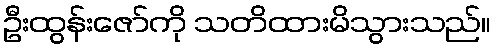
ဦးထွန်းဇော်ကို သတိထားမိသွားသည်။